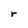
Character: r